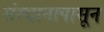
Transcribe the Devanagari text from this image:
संस्थानापासून